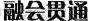
融会贯通